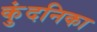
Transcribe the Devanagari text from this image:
कुंदनिका